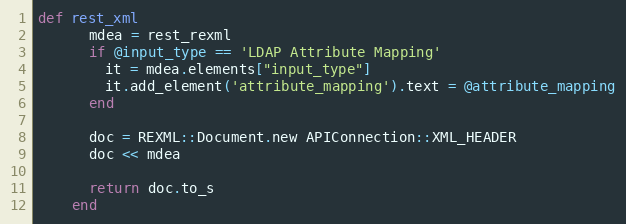
Language: Ruby
def rest_xml
      mdea = rest_rexml
      if @input_type == 'LDAP Attribute Mapping'
        it = mdea.elements["input_type"]
        it.add_element('attribute_mapping').text = @attribute_mapping
      end

      doc = REXML::Document.new APIConnection::XML_HEADER
      doc << mdea

      return doc.to_s
    end